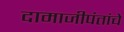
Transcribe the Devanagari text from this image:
दामाजीपंतांचे